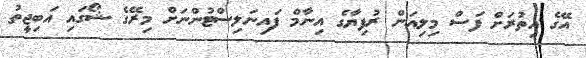
އޭގެ އިތުރަށް ފަސް މިލިއަން ރުފިޔާގެ އިނާމް ފައިނަލިސްޓުންނަށް މިރޭގެ ޝޯގައި އަބިޖީތު